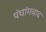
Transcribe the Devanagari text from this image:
पंचांगवाद